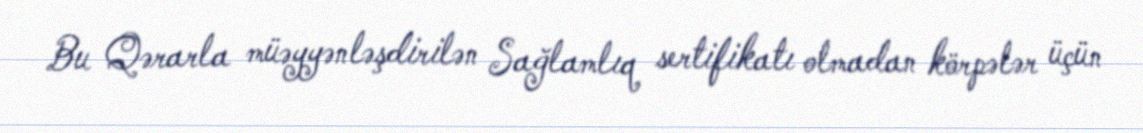
Bu Qərarla müəyyənləşdirilən Sağlamlıq sertifikatı olmadan körpələr üçün